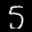
Label: 5